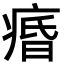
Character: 痻